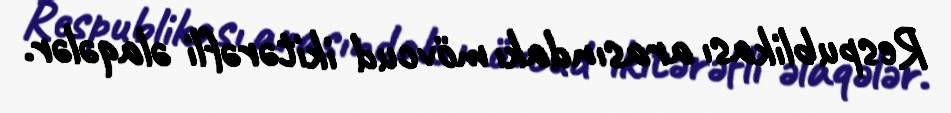
Respublikası arasındakı mövcud ikitərəfli əlaqələr.